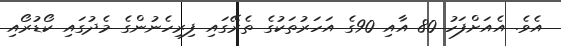
އެވެ. އެއަށްފަހު 80 އާއި 90ގެ އަހަރުތަކުގެ ތެރޭގައި ފިރިހެނުންގެ މެދުގައި ކޯޑުރޯއި